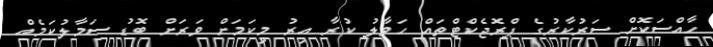
ހާއްސަކޮށް ސަރުކާރުގެ ޕްރޮޖެކްޓްތައް ހަވާލު ކުރާ އިރު މިކަމަށް ވަރަށް ބޮޑު ސަމާލުކަމެއް